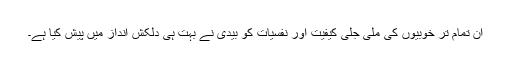
ان تمام تر خوبیوں کی ملی جلی کیفیت اور نفسیات کو بیدی نے بہت ہی دلکش انداز میں پیش کیا ہے۔